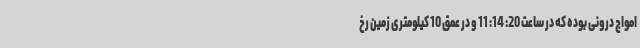
امواج درونی بوده که در ساعت 20: 14: 11 و در عمق 10 کیلومتری زمین رخ